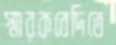
স্মারকবেদিতে